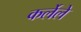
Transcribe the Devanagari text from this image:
कर्लेले